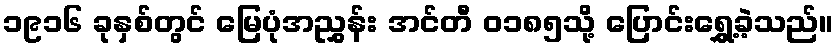
၁၉၁၆ ခုနှစ်တွင် မြေပုံအညွှန်း အင်တီ ၀၁၈၅သို့ ပြောင်းရွှေ့ခဲ့သည်။